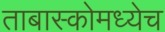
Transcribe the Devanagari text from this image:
ताबास्कोमध्येच